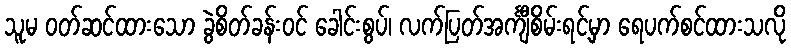
သူမ ဝတ်ဆင်ထားသော ခွဲစိတ်ခန်းဝင် ခေါင်းစွပ်၊ လက်ပြတ်အင်္ကျီစိမ်းရင့်မှာ ရေပက်စင်ထားသလို